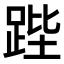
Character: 𮛚